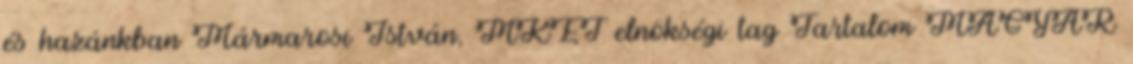
és hazánkban Mármarosi István, MKET elnökségi tag Tartalom MAGYAR